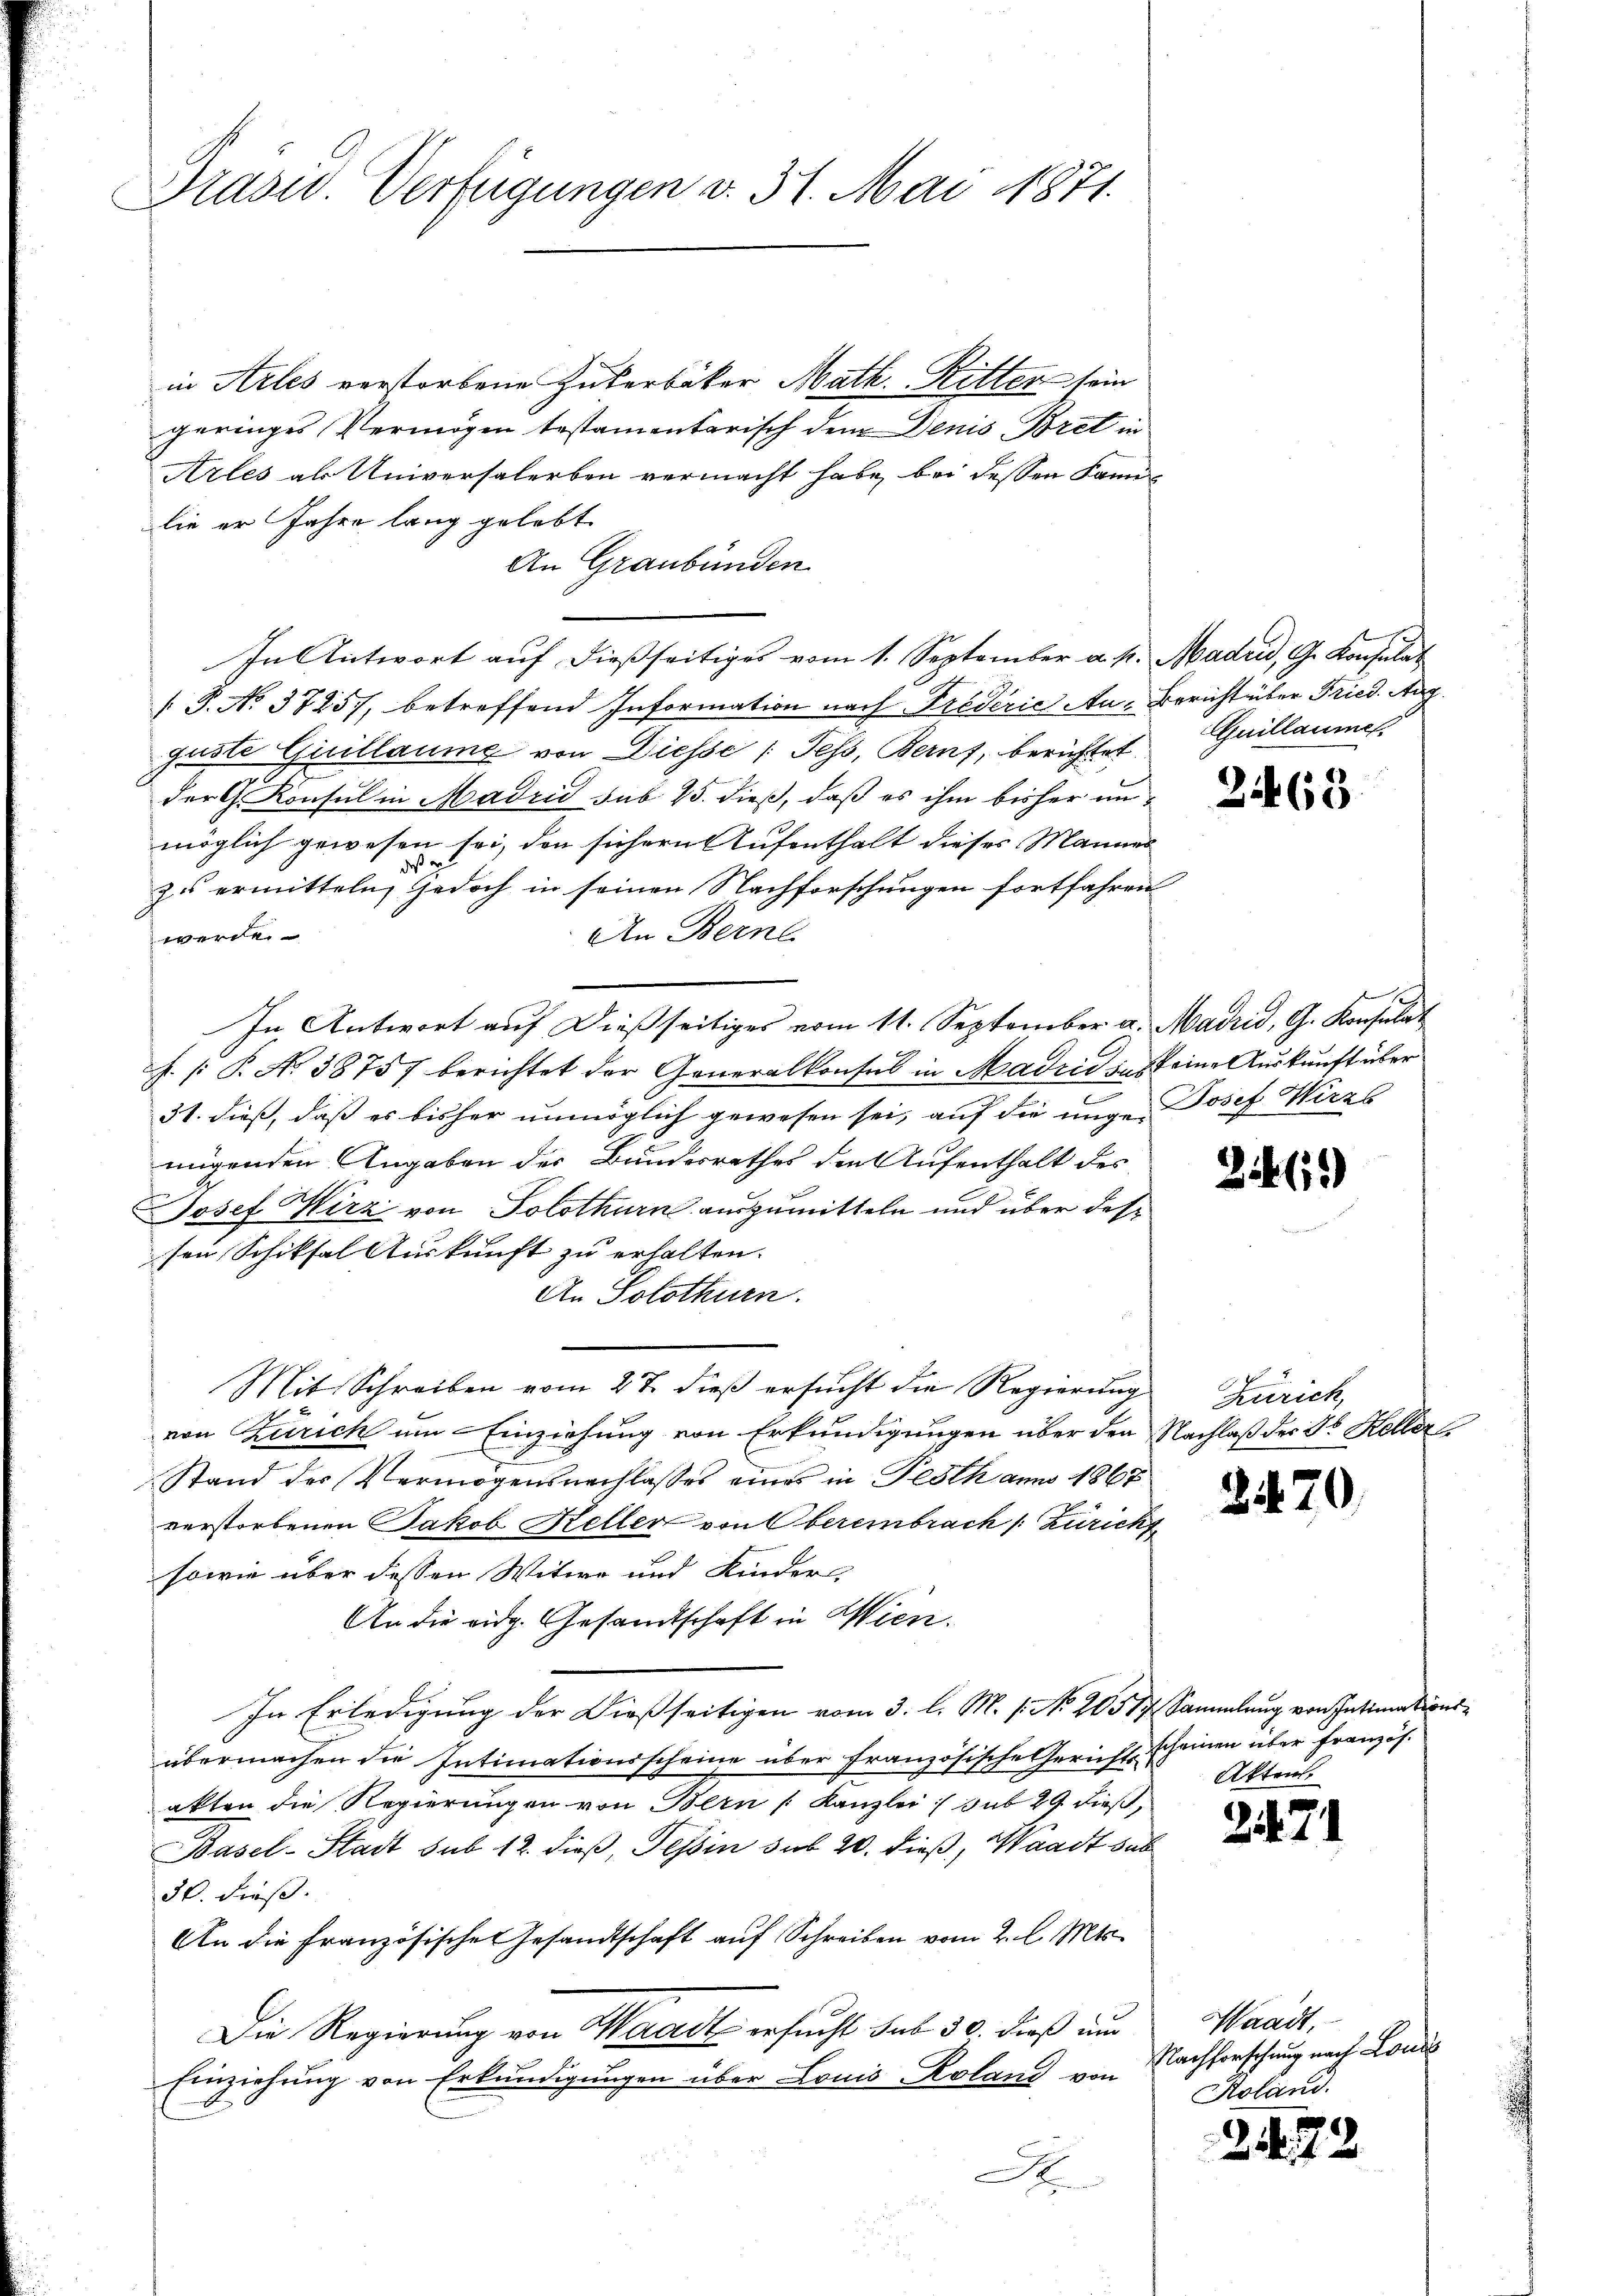
Präsid. Verfügungen v. 31. Mai 1871.

in Arles verstorbene Zukerbäker Math. Ritter sein
geringes Vermögen testamentarisch dem Denis Bret in
Arles als Universalerben vermacht habe, bei dessen Kanlie er Jahre lang gelebt
An Graubünden
In Antwort auf dießseitiges vom 1. September a. p. Madrid, G. Konsulat
 P. No. 37257, betreffend Information nach Frederić Au-Bericht über Fried. Aug.
guste Quillaume von Diesse (Tess, Beruf, berichtet
der G. Konsul in Madrid sub 15. dieß, daß es ihm bisher unmöglich gewesen sei, den sichern Aufenthalt dieses Mannes
daß er
zu ermitteln, jedoch in seinen Nachforschungen fortfahren
An Berne
werde.
In Antwort auf dießseitiges vom 11. September a. Madrid, G. Konsulat
J. P. No 38757 berichtet der Generalkonsul in Madrid aus keine Auskunft über
31. dieß, daß es bisher unmöglich gewesen sei, auf die unge Josef Wirzs
mügenden Angaben der Bundesrathes den Aufenthalt des
Josef Wirz von Solothurn auszumitteln und über dessen Schiksal Auskunft zu erhalten.
An Solothurn.
Mit Schreiben vom 27. dieß ersucht die Regierung Zürich,
von Zürich um Einziehung von Erkundigungen über den Nachlaß der ds Keller
Stand der Vermögensnachlasses eines in Pesth anno 1867
verstorbenen Jakob Keller von Obereinbrach /: Züricht
sowie über dessen Witwe und Kinder-
An die eidg. Gesandtschaft in Wien.
In Erledigung der Dießseitigen vom 3. l. M. s. No. 20577 Sammlung von Intimationsübermachen die Intimationsscheine über französische Gericht scheinen über Französ.
akten die Regierungen von Bern Kanzlei :/ sub 29 dieß,
Basel-Stadt sub 12. dieβ, Tessin sub 20. dieß, Waadt sub
30. dieß.
An die Französische Gesandtschaft auf Schreiben vom 2. l. Mts.
Die Regierung von Waadt ersucht sub 30. dieß um
Einziehung von Erkundigungen über Louis-Roland von
A

Guillaumer

2468

245)

2470.

Akten.

271

Waadt,
Nachforschung nach Lond
Koland.

2472